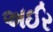
અઈર